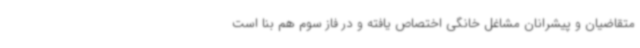
متقاضیان و پیشرانان مشاغل خانگی اختصاص یافته و در فاز سوم هم بنا است